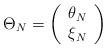
LaTeX: \begin{align*}\Theta _{N}=\left( \begin{array}{c}\theta _{N}\\\xi _{N}\end{array}\right)\end{align*}